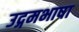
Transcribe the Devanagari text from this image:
उद्गमभाषा